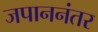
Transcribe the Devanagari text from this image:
जपाननंतर